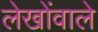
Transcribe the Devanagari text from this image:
लेखोंवाले